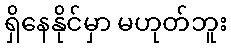
ရှိနေနိုင်မှာ မဟုတ်ဘူး